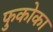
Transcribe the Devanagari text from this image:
फुकोका